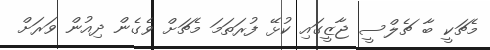
މެޗަކީ ބާ ޗެލްސީ ޖާޒީގައި ކުޅޭ ފުރަތަމަ މެޗަށް ވެގެން ދިއުން ވަރަށް